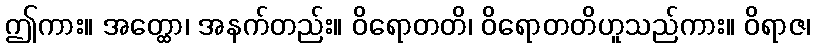
ဤကား။ အတ္ထော၊ အနက်တည်း။ ဝိရောတတိ၊ ဝိရောတတိဟူသည်ကား။ ဝိရာဇ၊